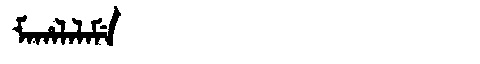
Manchu: ᠮᠠᡥᠠᠯᠠᠯᠠᠮᡝ
Romanization: MAHALALAME